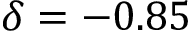
\delta = - 0 . 8 5